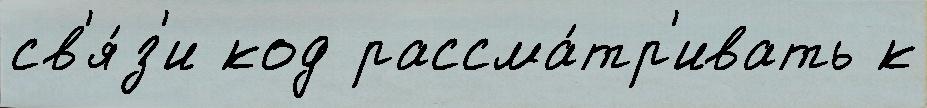
св'я́з'и код рассма́тр'ивать к